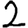
Digit: 2